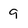
Character: g